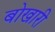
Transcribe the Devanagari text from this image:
बोखारी